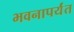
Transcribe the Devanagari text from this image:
भवनापर्यंत